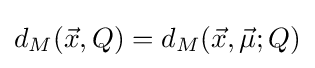
d_{M}({\vec {x}},Q)=d_{M}({\vec {x}},{\vec {\mu }};Q)